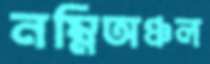
নম্নিঅঞ্চল